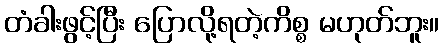
တံခါးဖွင့်ပြီး ပြောလို့ရတဲ့ကိစ္စ မဟုတ်ဘူး။